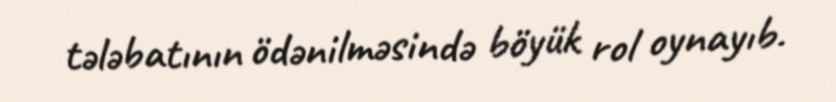
tələbatının ödənilməsində böyük rol oynayıb.